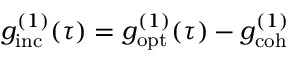
g _ { \mathrm { i n c } } ^ { ( 1 ) } ( \tau ) = g _ { \mathrm { o p t } } ^ { ( 1 ) } ( \tau ) - g _ { \mathrm { c o h } } ^ { ( 1 ) }